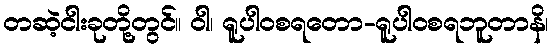
တဆဲ့ငါးခုတို့တွင်။ ဝါ၊ ရူပါဝစရတော-ရူပါဝစရဘူတာနိ၊